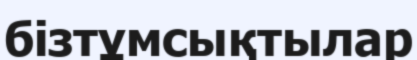
бізтұмсықтылар